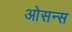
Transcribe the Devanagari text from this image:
ओसन्स